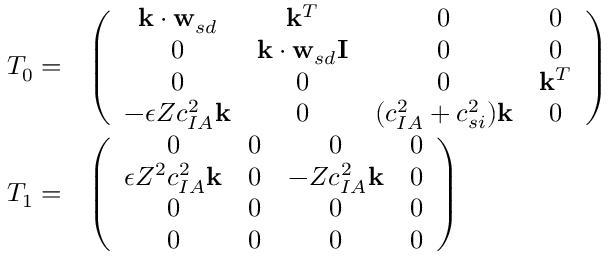
\begin{array} { r l } { T _ { 0 } = } & { \left( \begin{array} { c c c c } { \mathbf { k } \cdot \mathbf { w } _ { s d } } & { \mathbf { k } ^ { T } } & { 0 } & { 0 } \\ { 0 } & { \mathbf { k } \cdot \mathbf { w } _ { s d } \mathbf { I } } & { 0 } & { 0 } \\ { 0 } & { 0 } & { 0 } & { \mathbf { k } ^ { T } } \\ { - \epsilon Z c _ { I A } ^ { 2 } \mathbf { k } } & { 0 } & { ( c _ { I A } ^ { 2 } + c _ { s i } ^ { 2 } ) \mathbf { k } } & { 0 } \end{array} \right) } \\ { T _ { 1 } = } & { \left( \begin{array} { c c c c } { 0 } & { 0 } & { 0 } & { 0 } \\ { \epsilon Z ^ { 2 } c _ { I A } ^ { 2 } \mathbf { k } } & { 0 } & { - Z c _ { I A } ^ { 2 } \mathbf { k } } & { 0 } \\ { 0 } & { 0 } & { 0 } & { 0 } \\ { 0 } & { 0 } & { 0 } & { 0 } \end{array} \right) } \end{array}